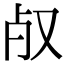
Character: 𣦻